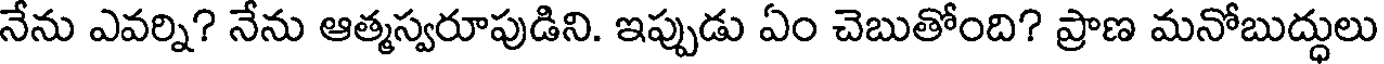
నేను ఎవర్ని? నేను ఆత్మస్వరూపుడిని. ఇప్పుడు ఏం చెబుతోంది? ప్రాణ మనోబుద్ధులు